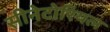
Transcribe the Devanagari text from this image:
सीनेटोरियल